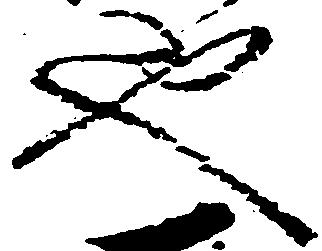
也